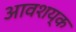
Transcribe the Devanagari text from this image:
आवशय्क